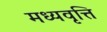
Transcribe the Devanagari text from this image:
मध्यवृत्ति